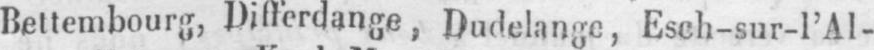
Bettembourg, Differdange, Dudelange, Esch-sur-l’Al-